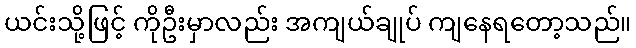
ယင်းသို့ဖြင့် ကိုဦးမှာလည်း အကျယ်ချုပ် ကျနေရတော့သည်။